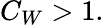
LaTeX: C_{W}>1.